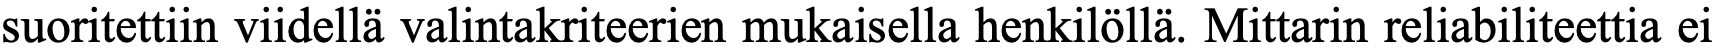
suoritettiin viidellä valintakriteerien mukaisella henkilöllä. Mittarin reliabiliteettia ei